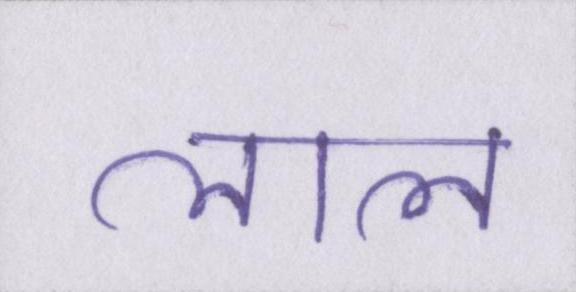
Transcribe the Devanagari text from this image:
लाल